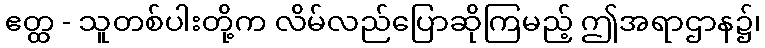
ဧတ္ထ - သူတစ်ပါးတို့က လိမ်လည်ပြောဆိုကြမည့် ဤအရာဌာန၌၊